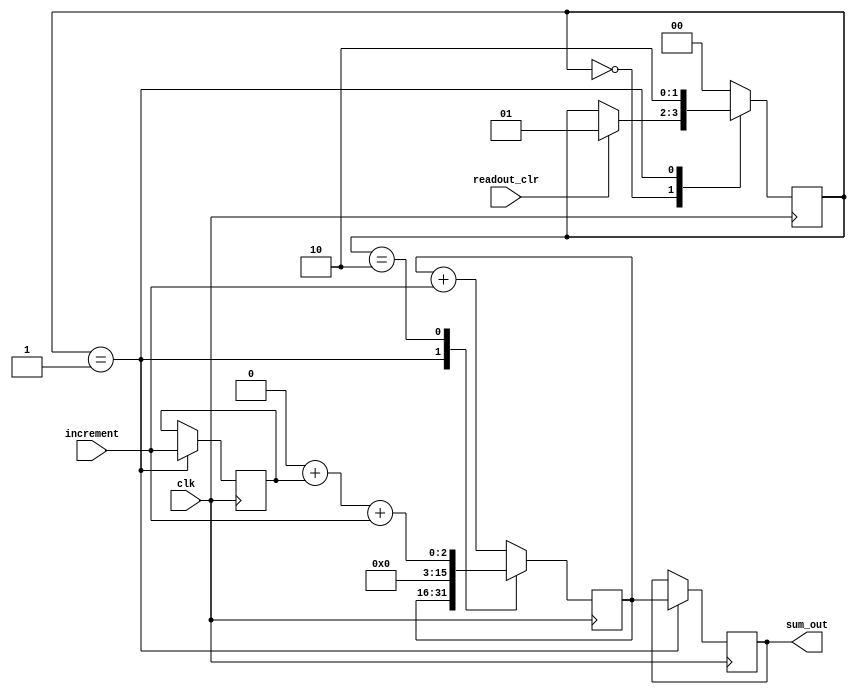
// Fast Multisource Pulse Registration System
// Module:
// summator
// Summator with synchronious clear input (readout_clear)
// Last sum is kept at the output until the next synchronious readout_clear is recieved
// (c) Sergey V. Polyakov 2006-forever

module summator (
 increment, readout_clr, clk, sum_out
);

input increment, readout_clr, clk;
output [15:0] sum_out;

reg [15:0] sum;
reg [15:0] sum_out;
reg inc_temp;

reg [1:0] state;

//initial
//begin
//	sum <= 16'b0000000000000000;
//	sum_out <=16'b0000000000000000;
//	inc_temp <=1'b0;
//	state <=2'b00;
//end

always @(posedge clk)
begin
	case (state)
	2'b00: 
	begin
		sum <= sum + increment;
		if (readout_clr) state <= 2'b01;
	end
	2'b01:
	begin
		inc_temp <= increment;
		sum_out <=sum;
		state <= 2'b10;
	end
	2'b10:
	begin
		sum <= 16'b0000000000000000 + inc_temp + increment;
		state <= 2'b00;
	end
	default:
	begin
	  	sum <= sum + increment;
		state <= 2'b00;
	end
	endcase
end

endmodule